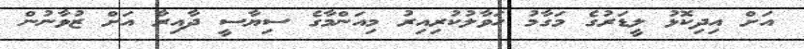
އަށް އިދިކޮޅު ލީޑަރުގެ މަގާމު ހަވާލުކުރިއިރު މިއަންމާގެ ސިޔާސީ ދާއިރާ އަށް ޒުވާނުން